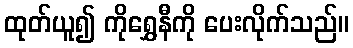
ထုတ်ယူ၍ ကိုရွှေနီကို ပေးလိုက်သည်။